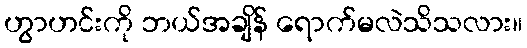
ဟွာဟင်းကို ဘယ်အချိန် ရောက်မလဲသိသလား။